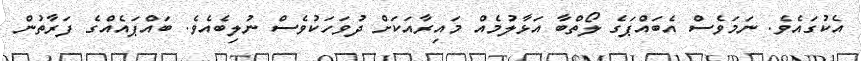
އެކުގައެވެ. ނަމަވެސް އެބައްޕަގެ ލޯތްބާ އަޅާލުމެއް މައިރާއަކަށް ދުވަހަކުވެސް ނުލިބެއެވެ. ބައްޕައެއްގެ ފަރާތުން